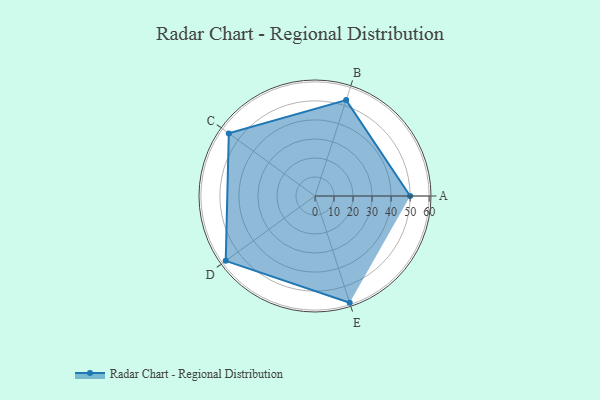
{"axis": {"x": "Skill", "y": "Score"}, "legend": ["Profile"], "data": [{"x": "A", "y": 50.0, "type": "Profile"}, {"x": "B", "y": 53.0, "type": "Profile"}, {"x": "C", "y": 56.0, "type": "Profile"}, {"x": "D", "y": 58.0, "type": "Profile"}, {"x": "E", "y": 59.0, "type": "Profile"}]}